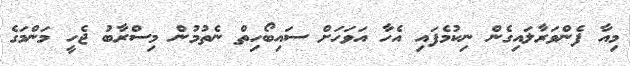
މިއާ ފެންވަރާލައިގެން ނިކުމެފައި އެހާ އަވަހަށް ސައިބޯހިތް ނެތުމުން މިސްރާބު ޖެހީ މަންމަގެ